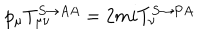
p _ { \mu } T _ { \mu \nu } ^ { S \rightarrow A A } = 2 m i T _ { \nu } ^ { S \rightarrow P A }